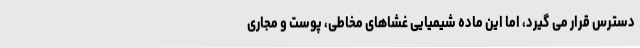
دسترس قرار می گیرد، اما این ماده شیمیایی غشاهای مخاطی، پوست و مجاری